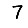
Digit: 7